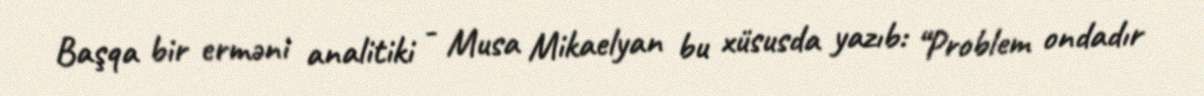
Başqa bir erməni analitiki - Musa Mikaelyan bu xüsusda yazıb: “Problem ondadır